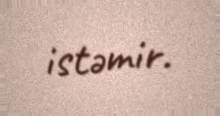
istəmir.